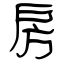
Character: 房